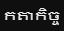
កតាកិច្ច